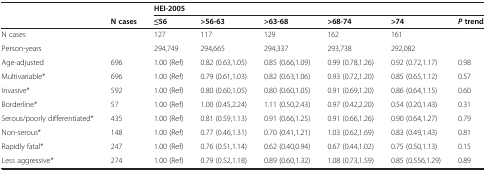
<table><thead><tr><td></td><td></td><td colspan="6"><b>HEI-2005</b></td></tr><tr><td></td><td><b>N cases</b></td><td><b>≤56</b></td><td><b>&gt;56-63</b></td><td><b>&gt;63-68</b></td><td><b>&gt;68-74</b></td><td><b>&gt;74</b></td><td><b><i>P</i>trend</b></td></tr></thead><tbody><tr><td>N cases</td><td></td><td>127</td><td>117</td><td>129</td><td>162</td><td>161</td><td></td></tr><tr><td>Person-years</td><td></td><td>294,749</td><td>294,665</td><td>294,337</td><td>293,738</td><td>292,082</td><td></td></tr><tr><td>Age-adjusted</td><td>696</td><td>1.00 (Ref)</td><td>0.82 (0.63,1.05)</td><td>0.85 (0.66,1.09)</td><td>0.99 (0.78,1.26)</td><td>0.92 (0.72,1.17)</td><td>0.98</td></tr><tr><td>Multivariable*</td><td>696</td><td>1.00 (Ref)</td><td>0.79 (0.61,1.03)</td><td>0.82 (0.63,1.06)</td><td>0.93 (0.72,1.20)</td><td>0.85 (0.65,1.12)</td><td>0.57</td></tr><tr><td>Invasive*</td><td>592</td><td>1.00 (Ref)</td><td>0.80 (0.60,1.05)</td><td>0.80 (0.60,1.05)</td><td>0.91 (0.69,1.20)</td><td>0.86 (0.64,1.15)</td><td>0.60</td></tr><tr><td>Borderline*</td><td>57</td><td>1.00 (Ref)</td><td>1.00 (0.45,2.24)</td><td>1.11 (0.50,2.43)</td><td>0.97 (0.42,2.20)</td><td>0.54 (0.20,1.43)</td><td>0.31</td></tr><tr><td>Serous/poorly differentiated*</td><td>435</td><td>1.00 (Ref)</td><td>0.81 (0.59,1.13)</td><td>0.91 (0.66,1.25)</td><td>0.91 (0.66,1.26)</td><td>0.90 (0.64,1.27)</td><td>0.79</td></tr><tr><td>Non-serous*</td><td>148</td><td>1.00 (Ref)</td><td>0.77 (0.46,1.31)</td><td>0.70 (0.41,1.21)</td><td>1.03 (0.62,1.69)</td><td>0.83 (0.49,1.43)</td><td>0.81</td></tr><tr><td>Rapidly fatal*</td><td>247</td><td>1.00 (Ref)</td><td>0.76 (0.51,1.14)</td><td>0.62 (0.40,0.94)</td><td>0.67 (0.44,1.02)</td><td>0.75 (0.50,1.13)</td><td>0.15</td></tr><tr><td>Less aggressive*</td><td>274</td><td>1.00 (Ref)</td><td>0.79 (0.52,1.18)</td><td>0.89 (0.60,1.32)</td><td>1.08 (0.73,1.59)</td><td>0.85 (0.556,1.29)</td><td>0.89</td></tr></tbody></table>